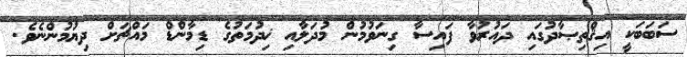
ސަބަބަކީ އިޤްތިޞާދުގައި ދައުރުވާ ފައިސާ ގިނަވުމުން މުދަލާއި ޚިދުމަތުގެ ޑިމާންޑް މައްޗަށް ދިޔުމުންނެވެ.